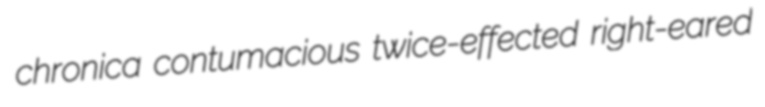
chronica contumacious twice-effected right-eared